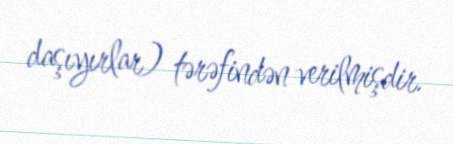
daşıyırlar) tərəfindən verilmişdir.